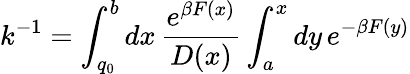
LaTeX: k^{-1}=\int_{q_{0}}^{b}dx\, \frac{e^{\beta F(x)}}{D(x)}\int_{a}^{x}dy\, e^{-\beta F(y)}